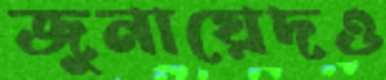
জুনায়েদও